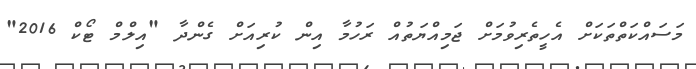
މަސައްކަތްތަކަށް އެހީތެރިވުމަށް ޖަމިއްޔަތުއް ރަހުމާ އިން ކުރިއަށް ގެންދާ "އިލްމް ޓޯކް 2016"